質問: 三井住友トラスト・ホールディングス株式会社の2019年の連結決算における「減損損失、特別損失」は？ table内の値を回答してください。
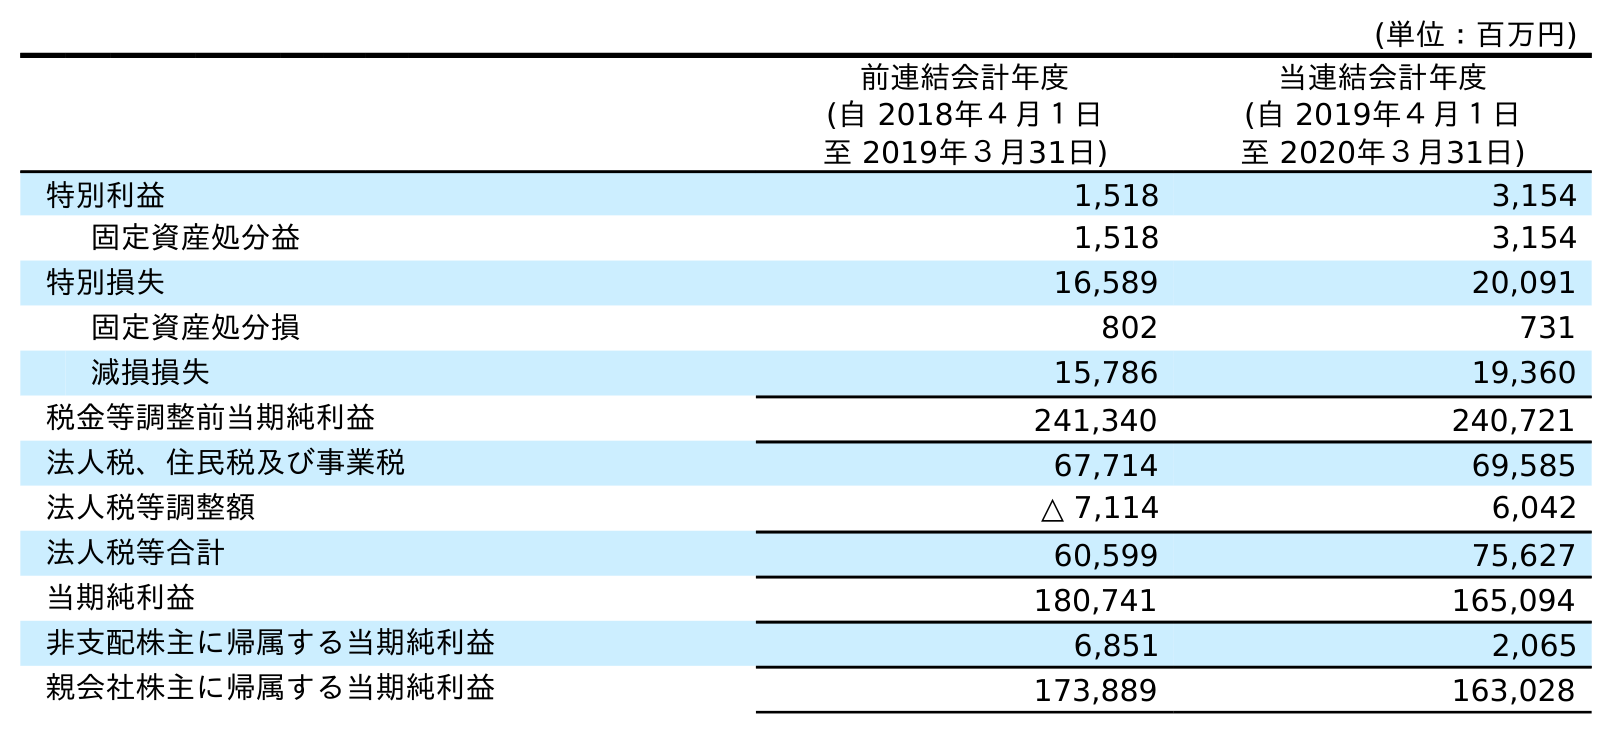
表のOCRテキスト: (単位：百万円) 前連結会計年度 (自 2018年４月１日 至 2019年３月31日) 当連結会計年度 (自 2019年４月１日 至 2020年３月31日) 特別利益 1,518 3,154 固定資産処分益 1,518 3,154 特別損失 16,589 20,091 固定資産処分損 802 731 減損損失 15,786 19,360 税金等調整前当期純利益 241,340 240,721 法人税、住民税及び事業税 67,714 69,585 法人税等調整額 △ 7,114 6,042 法人税等合計 60,599 75,627 当期純利益 180,741 165,094 非支配株主に帰属する当期純利益 6,851 2,065 親会社株主に帰属する当期純利益 173,889 163,028
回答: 15,786